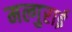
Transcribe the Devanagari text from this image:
मल्गुराई